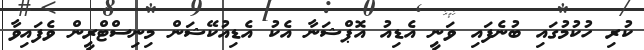
ކުރި ހުކުމުގައި ބުނެފައި ވަނީ އެޑިއު އޮޕްޝަނާ އެކު އެޑިއުކޭޝަން މިނިސްޓްރީން ވެފައިވާ